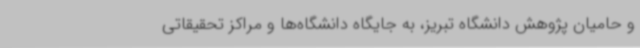
و حامیان پژوهش دانشگاه تبریز، به جایگاه دانشگاه‌ها و مراکز تحقیقاتی